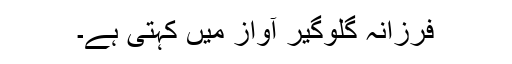
فرزانہ گلوگیر آواز میں کہتی ہے۔